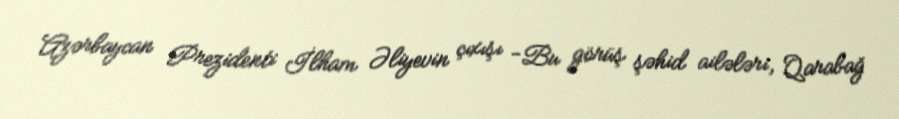
Azərbaycan Prezidenti İlham Əliyevin çıxışı -Bu görüş şəhid ailələri, Qarabağ